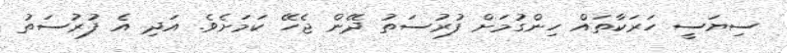
ސިޔަސީ ހަރަކާތައް ހިންގުމަށް ފުރުސަތު ދޭން ޖެހޭ ކަމަށެވެ. އަދި އެ ފުރުސަތު